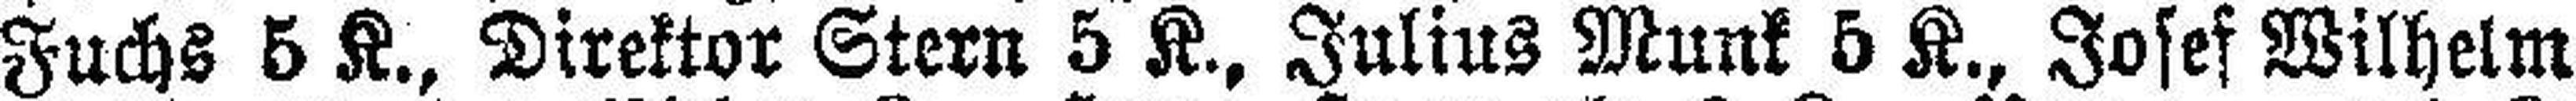
Fuchs 5 K., Direktor Stern 5 K., Julius Munk 5 K., Josef Wilhelm